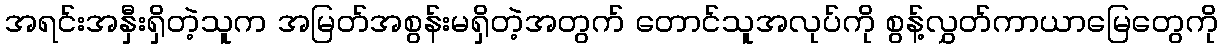
အရင်းအနှီးရှိတဲ့သူက အမြတ်အစွန်းမရှိတဲ့အတွက် တောင်သူအလုပ်ကို စွန့်လွှတ်ကာယာမြေတွေကို